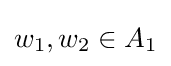
w_{1},w_{2}\in A_{1}